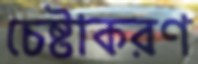
চেষ্টাকরণ